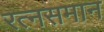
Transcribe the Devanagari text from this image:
रत्‍नसमान